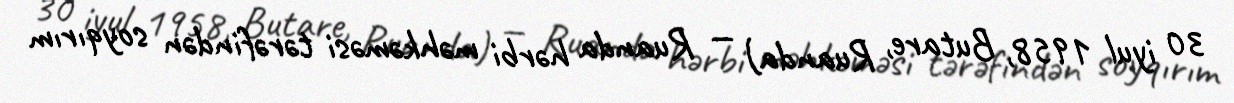
30 iyul 1958, Butare, Ruanda) — Ruanda hərbi məhkəməsi tərəfindən soyqırım